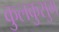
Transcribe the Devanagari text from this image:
कुलकुसुम